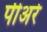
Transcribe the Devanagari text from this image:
पीअरे